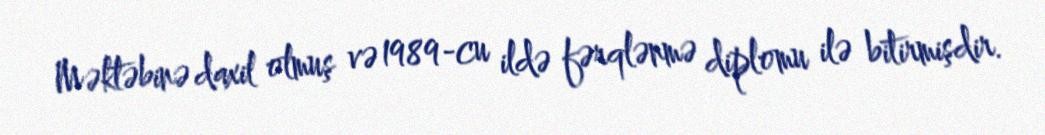
Məktəbinə daxil olmuş və 1989-cu ildə fərqlənmə diplomu ilə bitirmişdir.